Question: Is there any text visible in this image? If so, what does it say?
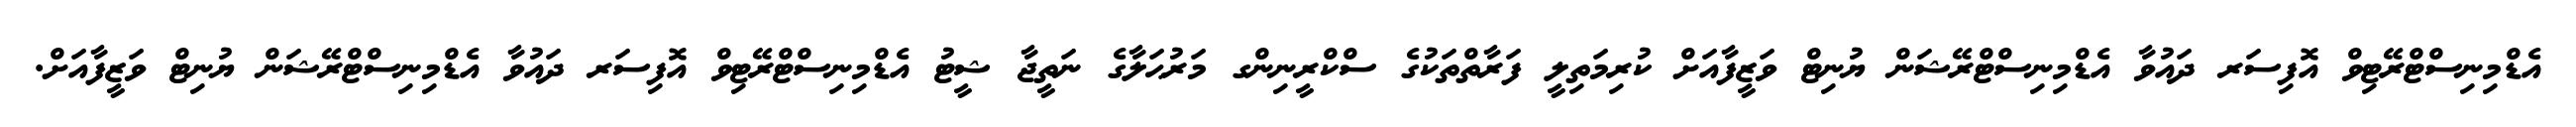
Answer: އެޑްމިނިސްޓްރޭޓިވް އޮފިސަރ ދައުވާ އެޑްމިނިސްޓްރޭޝަން ޔުނިޓް ވަޒީފާއަށް ކުރިމަތިލީ ފަރާތްތަކުގެ ސްކްރީނިންގ މަރުޙަލާގެ ނަތީޖާ ޝީޓު އެޑްމިނިސްޓްރޭޓިވް އޮފިސަރ ދައުވާ އެޑްމިނިސްޓްރޭޝަން ޔުނިޓް ވަޒީފާއަށް.